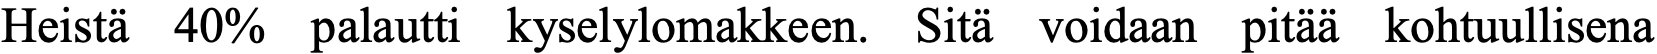
Heistä 40% palautti kyselylomakkeen. Sitä voidaan pitää kohtuullisena